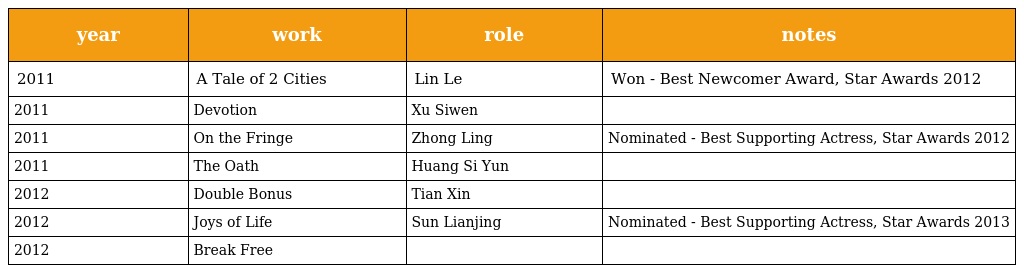
| year | work | role | notes |
 | --- | --- | --- | --- |
 | 2011 | A Tale of 2 Cities 乐在双城 | Lin Le 林乐 | Won - Best Newcomer Award, Star Awards 2012 |
 | 2011 | Devotion | Xu Siwen |  |
 | 2011 | On the Fringe 边缘父子 | Zhong Ling | Nominated - Best Supporting Actress, Star Awards 2012 |
 | 2011 | The Oath 行医 | Huang Si Yun |  |
 | 2012 | Double Bonus 双星报喜 | Tian Xin 田心 |  |
 | 2012 | Joys of Life 花样人间 | Sun Lianjing 孙廉菁 | Nominated - Best Supporting Actress, Star Awards 2013 |
 | 2012 | Break Free 曙光 | 倪晴晴 |  |